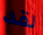
لقد